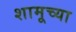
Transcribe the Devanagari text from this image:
शामूच्या